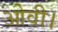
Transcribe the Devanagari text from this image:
ओवी।